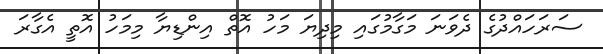
ސަރަހައްދުގެ ދެވަނަ މަގާމުގައި މިދިޔަ މަހު އޮތް އިންޑިޔާ މިމަހު އޮތީ އެގާރަ